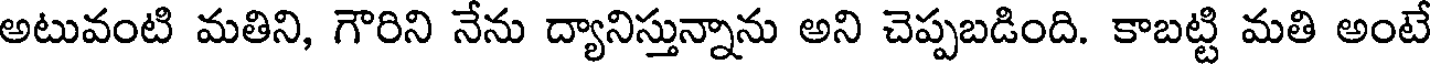
అటువంటి మతిని, గౌరిని నేను ద్యానిస్తున్నాను అని చెప్పబడింది. కాబట్టి మతి అంటే